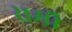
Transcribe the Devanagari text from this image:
रामौ